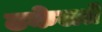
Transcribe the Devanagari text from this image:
ढकेलते